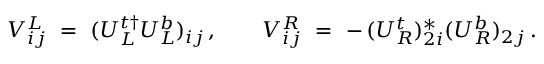
V _ { i j } ^ { L } \ = \ ( U _ { L } ^ { t \dagger } U _ { L } ^ { b } ) _ { i j } \, , \qquad V _ { i j } ^ { R } \ = \ - \, ( U _ { R } ^ { t } ) _ { 2 i } ^ { * } ( U _ { R } ^ { b } ) _ { 2 j } \, .